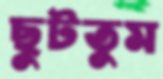
ছুটতুম